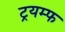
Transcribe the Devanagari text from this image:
ट्रयम्फ